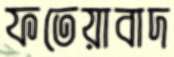
ফতেয়াবাদ